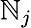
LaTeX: \mathbb{N}_{j}